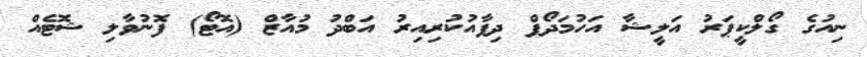
ނިއުގެ ގޯލްކީޕަރު އަލީޝާ އަހުމަދޯފް ދިފާއުކުރިއިރު އަބްދު މުއާޒް (އޮޓޯ) ފޮނުވާލި ޝޮޓެއް